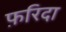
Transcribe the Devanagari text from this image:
फ़रिदा